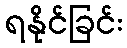
ရနိုင်ခြင်း